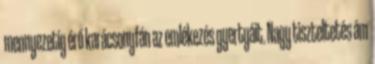
mennyezetig érő karácsonyfán az emlékezés gyertyáit. Nagy tiszteltetés ám